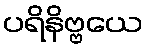
ပရိနိဗ္ဗယေ